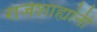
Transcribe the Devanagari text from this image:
राजेशाह्यांनी